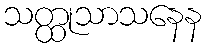
သတ္ထုသာသနေန